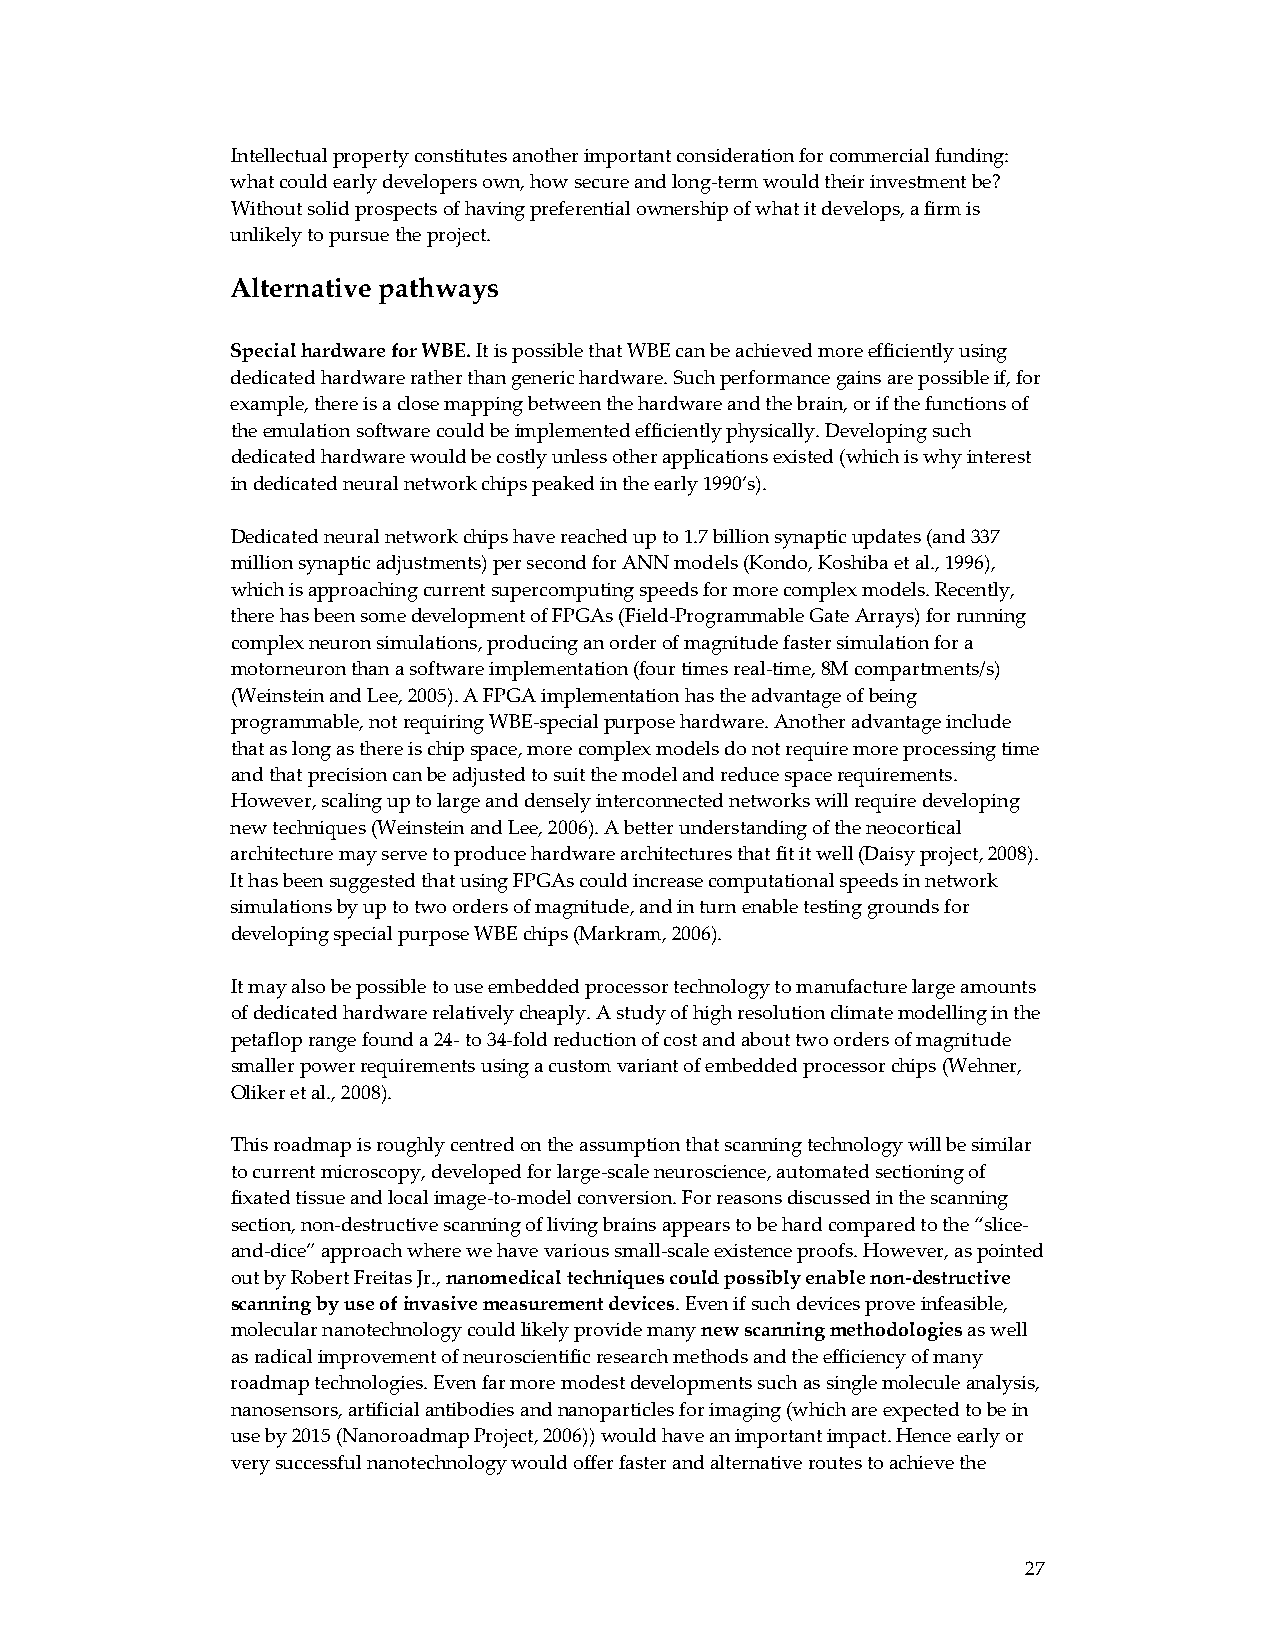
Intellectual property constitutes another important consideration for commercial funding:
 what could early developers own, how secure and long‐term would their investment be?
 Without solid prospects of having preferential ownership of what it develops, a firm is
 unlikely to pursue the project.
 Alternative pathways
 Special hardware for WBE. It is possible that WBE can be achieved more efficiently using
 dedicated hardware rather than generic hardware. Such performance gains are possible if, for
 example, there is a close mapping between the hardware and the brain, or if the functions of
 the emulation software could be implemented efficiently physically. Developing such
 dedicated hardware would be costly unless other applications existed (which is why interest
 in dedicated neural network chips peaked in the early 1990’s).
 Dedicated neural network chips have reached up to 1.7 billion synaptic updates (and 337
 million synaptic adjustments) per second for ANN models (Kondo, Koshiba et al., 1996),
 which is approaching current supercomputing speeds for more complex models. Recently,
 there has been some development of FPGAs (Field‐Programmable Gate Arrays) for running
 complex neuron simulations, producing an order of magnitude faster simulation for a
 motorneuron than a software implementation (four times real‐time, 8M compartments/s)
 (Weinstein and Lee, 2005). A FPGA implementation has the advantage of being
 programmable, not requiring WBE‐special purpose hardware. Another advantage include
 that as long as there is chip space, more complex models do not require more processing time
 and that precision can be adjusted to suit the model and reduce space requirements.
 However, scaling up to large and densely interconnected networks will require developing
 new techniques (Weinstein and Lee, 2006). A better understanding of the neocortical
 architecture may serve to produce hardware architectures that fit it well (Daisy project, 2008).
 It has been suggested that using FPGAs could increase computational speeds in network
 simulations by up to two orders of magnitude, and in turn enable testing grounds for
 developing special purpose WBE chips (Markram, 2006).
 It may also be possible to use embedded processor technology to manufacture large amounts
 of dedicated hardware relatively cheaply. A study of high resolution climate modelling in the
 petaflop range found a 24‐ to 34‐fold reduction of cost and about two orders of magnitude
 smaller power requirements using a custom variant of embedded processor chips (Wehner,
 Oliker et al., 2008).
 This roadmap is roughly centred on the assumption that scanning technology will be similar
 to current microscopy, developed for large‐scale neuroscience, automated sectioning of
 fixated tissue and local image‐to‐model conversion. For reasons discussed in the scanning
 section, non‐destructive scanning of living brains appears to be hard compared to the “slice‐
 and‐dice” approach where we have various small‐scale existence proofs. However, as pointed
 out by Robert Freitas Jr., nanomedical techniques could possibly enable non‐destructive
 scanning by use of invasive measurement devices. Even if such devices prove infeasible,
 molecular nanotechnology could likely provide many new scanning methodologies as well
 as radical improvement of neuroscientific research methods and the efficiency of many
 roadmap technologies. Even far more modest developments such as single molecule analysis,
 nanosensors, artificial antibodies and nanoparticles for imaging (which are expected to be in
 use by 2015 (Nanoroadmap Project, 2006)) would have an important impact. Hence early or
 very successful nanotechnology would offer faster and alternative routes to achieve the
 27